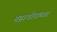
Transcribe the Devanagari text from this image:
महापौराच्या